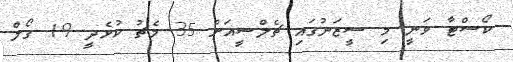
ކޯސްޓާ ވަނީ މި ސީޒަނުގައި ޗެލްސީއަށް 35 މެޗު ކުޅެދީ 19 ގޯލް